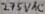
Text: 275VAC